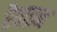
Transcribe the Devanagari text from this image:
रैवाइन